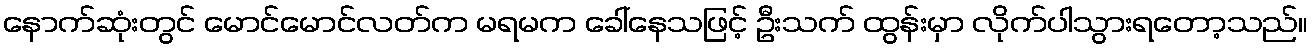
နောက်ဆုံးတွင် မောင်မောင်လတ်က မရမက ခေါ်နေသဖြင့် ဦးသက် ထွန်းမှာ လိုက်ပါသွားရတော့သည်။